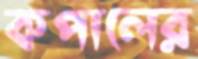
কপালের